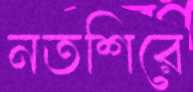
নতশিরে